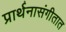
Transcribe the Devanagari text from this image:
प्रार्थनासंगीतात